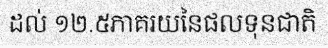
ដល់ ១២.៥ភាគរយនៃផលទុនជាតិ